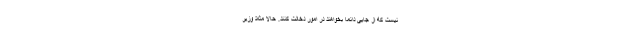
نیست که از جایی دائما بخواهند در امور دخالت کنند. حالا مثلاً وزیر